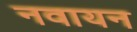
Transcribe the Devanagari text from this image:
नवायन